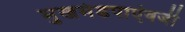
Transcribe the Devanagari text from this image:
मुखमंडपाऐवजी